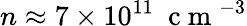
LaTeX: n\approx 7\times 10^{11}~\mathrm{~c~m~}^{-3}